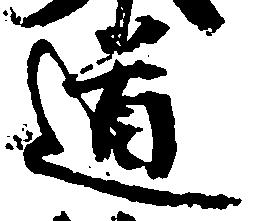
道